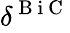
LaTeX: \delta_{}^{\mathrm{~B~i~C~}}